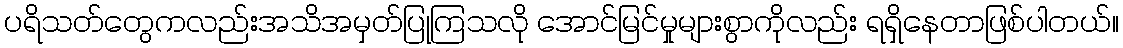
ပရိသတ်တွေကလည်းအသိအမှတ်ပြုကြသလို အောင်မြင်မှုများစွာကိုလည်း ရရှိနေတာဖြစ်ပါတယ်။